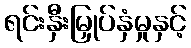
ရင်းနှီးမြှုပ်နှံမှုနှင့်